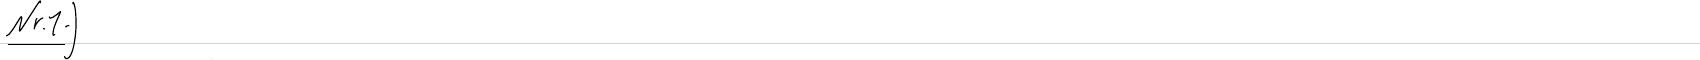
Nr.1.)